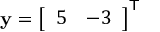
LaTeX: \mathbf { y } = { \left[ \begin{array} { l l } { 5 } & { - 3 } \end{array} \right] } ^ { \mathsf { T } }